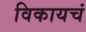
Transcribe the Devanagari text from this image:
विकायचं